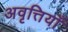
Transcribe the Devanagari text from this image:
अवृत्तियाँ